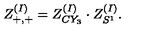
Z _ { + , + } ^ { ( I ) } = Z _ { C Y _ { 3 } } ^ { ( I ) } \cdot Z _ { S ^ { 1 } } ^ { ( I ) } .